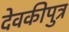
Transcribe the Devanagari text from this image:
देवकीपुत्र